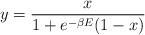
LaTeX: \begin{align*}y=\frac x{1+e^{-\beta E}(1-x)}\end{align*}